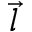
\vec { l }